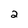
Character: 2